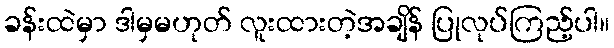
ခန်းထဲမှာ ဒါမှမဟုတ် လူးထားတဲ့အချိန် ပြုလုပ်ကြည့်ပါ။